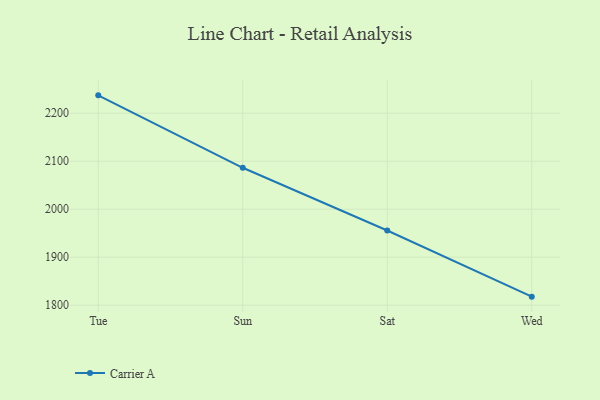
{"axis": {"x": "Day", "y": "Website Visitors"}, "legend": ["Carrier A"], "data": [{"x": "Tue", "y": 2237.3, "type": "Carrier A"}, {"x": "Sun", "y": 2086.3, "type": "Carrier A"}, {"x": "Sat", "y": 1955.6, "type": "Carrier A"}, {"x": "Wed", "y": 1817.7, "type": "Carrier A"}]}